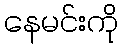
နေမင်းကို